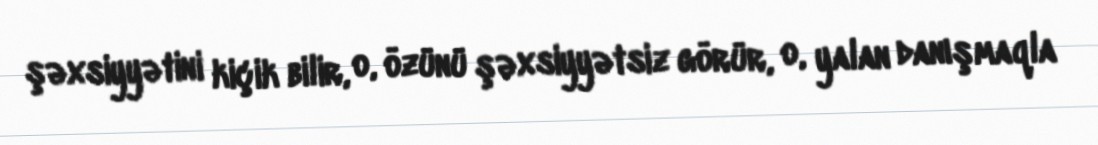
şəxsiyyətini kiçik bilir, o, özünü şəxsiyyətsiz görür, o, yalan danışmaqla